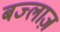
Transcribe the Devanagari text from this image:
बज्लाज़